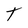
Character: T